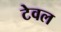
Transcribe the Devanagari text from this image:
टेवल